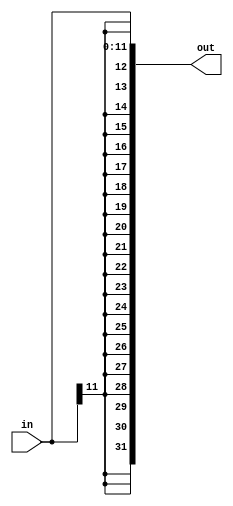
`timescale 1ns / 1ps
//////////////////////////////////////////////////////////////////////////////////
// Company: 
// Engineer: 
// 
// Design Name: 
// Module Name: sign_extender
// Project Name: 
// Target Devices: 
// Tool Versions: 
// Description: 
// 
// Dependencies: 
// 
// Revision:
// Revision 0.01 - File Created
// Additional Comments:
// 
//////////////////////////////////////////////////////////////////////////////////


module sign_extender(in,out);
    parameter FROM_WIDTH = 12;
    parameter TO_WIDTH = 32;
    input [FROM_WIDTH - 1:0] in;
    output reg[TO_WIDTH - 1:0] out;
    always@(in) begin
        out = {{(TO_WIDTH-FROM_WIDTH){in[FROM_WIDTH - 1]}},in};
    end
endmodule